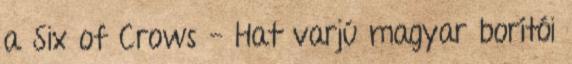
a Six of Crows - Hat varjú magyar borítói